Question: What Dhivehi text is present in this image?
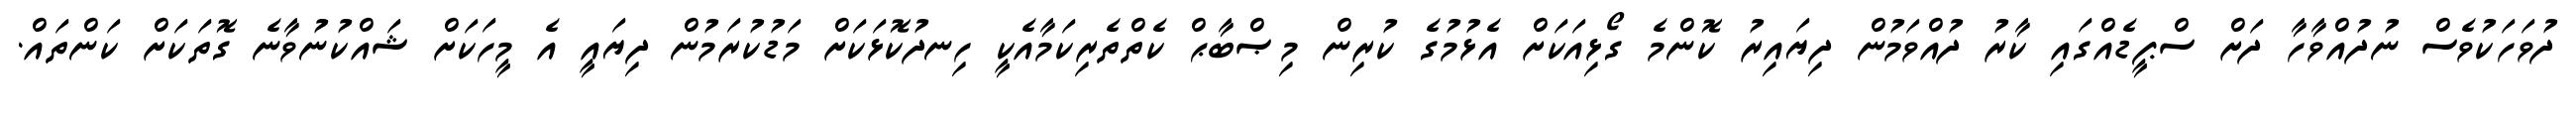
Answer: ދުވަހަކުވެސް ނުދުއްވާހާ ދަށް ސްޕީޑެއްގައި ކާރު ދުއްވަމުން ދިޔައިރު ކޮންމެ ގޯޅިއަކަށް އެޅުމުގެ ކުރިން މިޞްބާޙް ކެތްތެރިކަމާއެކީ ހިނދުކޮޅަކަށް މަޑުކުރަމުން ދިޔައީ އެ މީހަކަށް ޝައްކުނުވާނެ ގޮތަކަށް ކަންތައް.